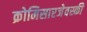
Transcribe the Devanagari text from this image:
क्रोमिसारजेवस्की